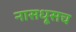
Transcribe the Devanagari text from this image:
नासधूसच